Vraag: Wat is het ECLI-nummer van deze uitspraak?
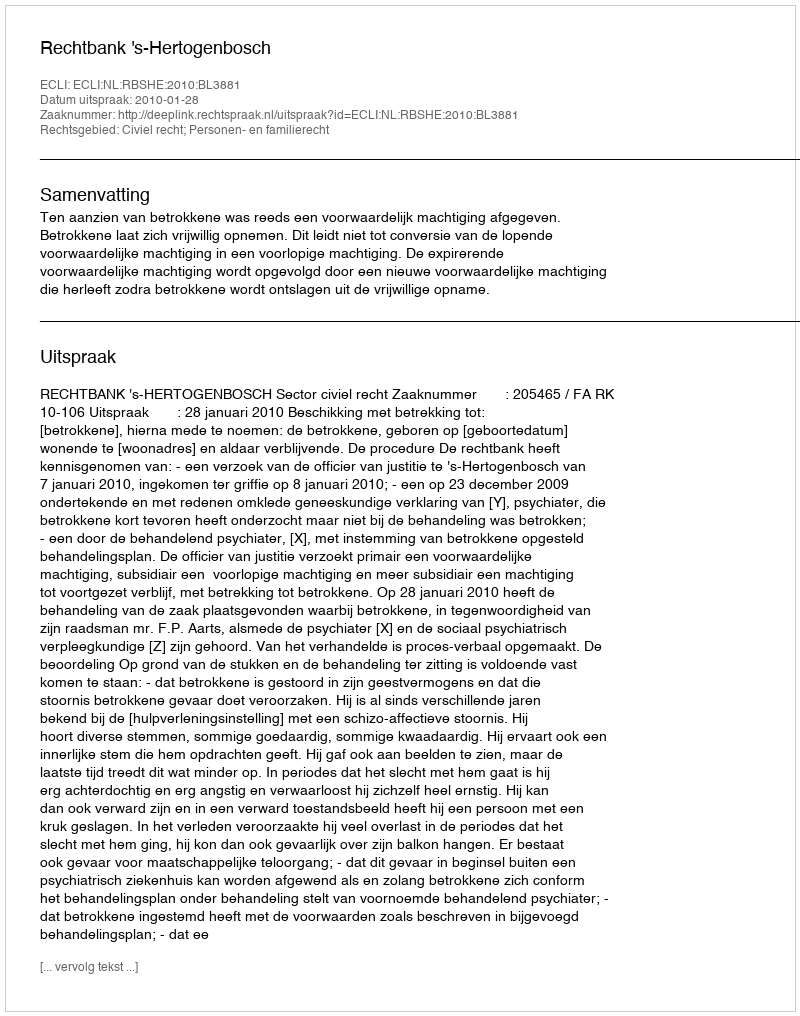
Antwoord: ECLI:NL:RBSHE:2010:BL3881